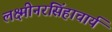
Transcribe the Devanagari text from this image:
लक्ष्मीनरसिंहाचार्य